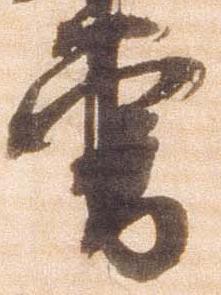
曽